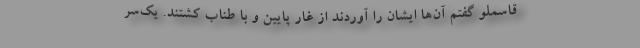
قاسملو گفتم آن‌ها ایشان را آوردند از غار پایین و با طناب کشتند. یک‌سر